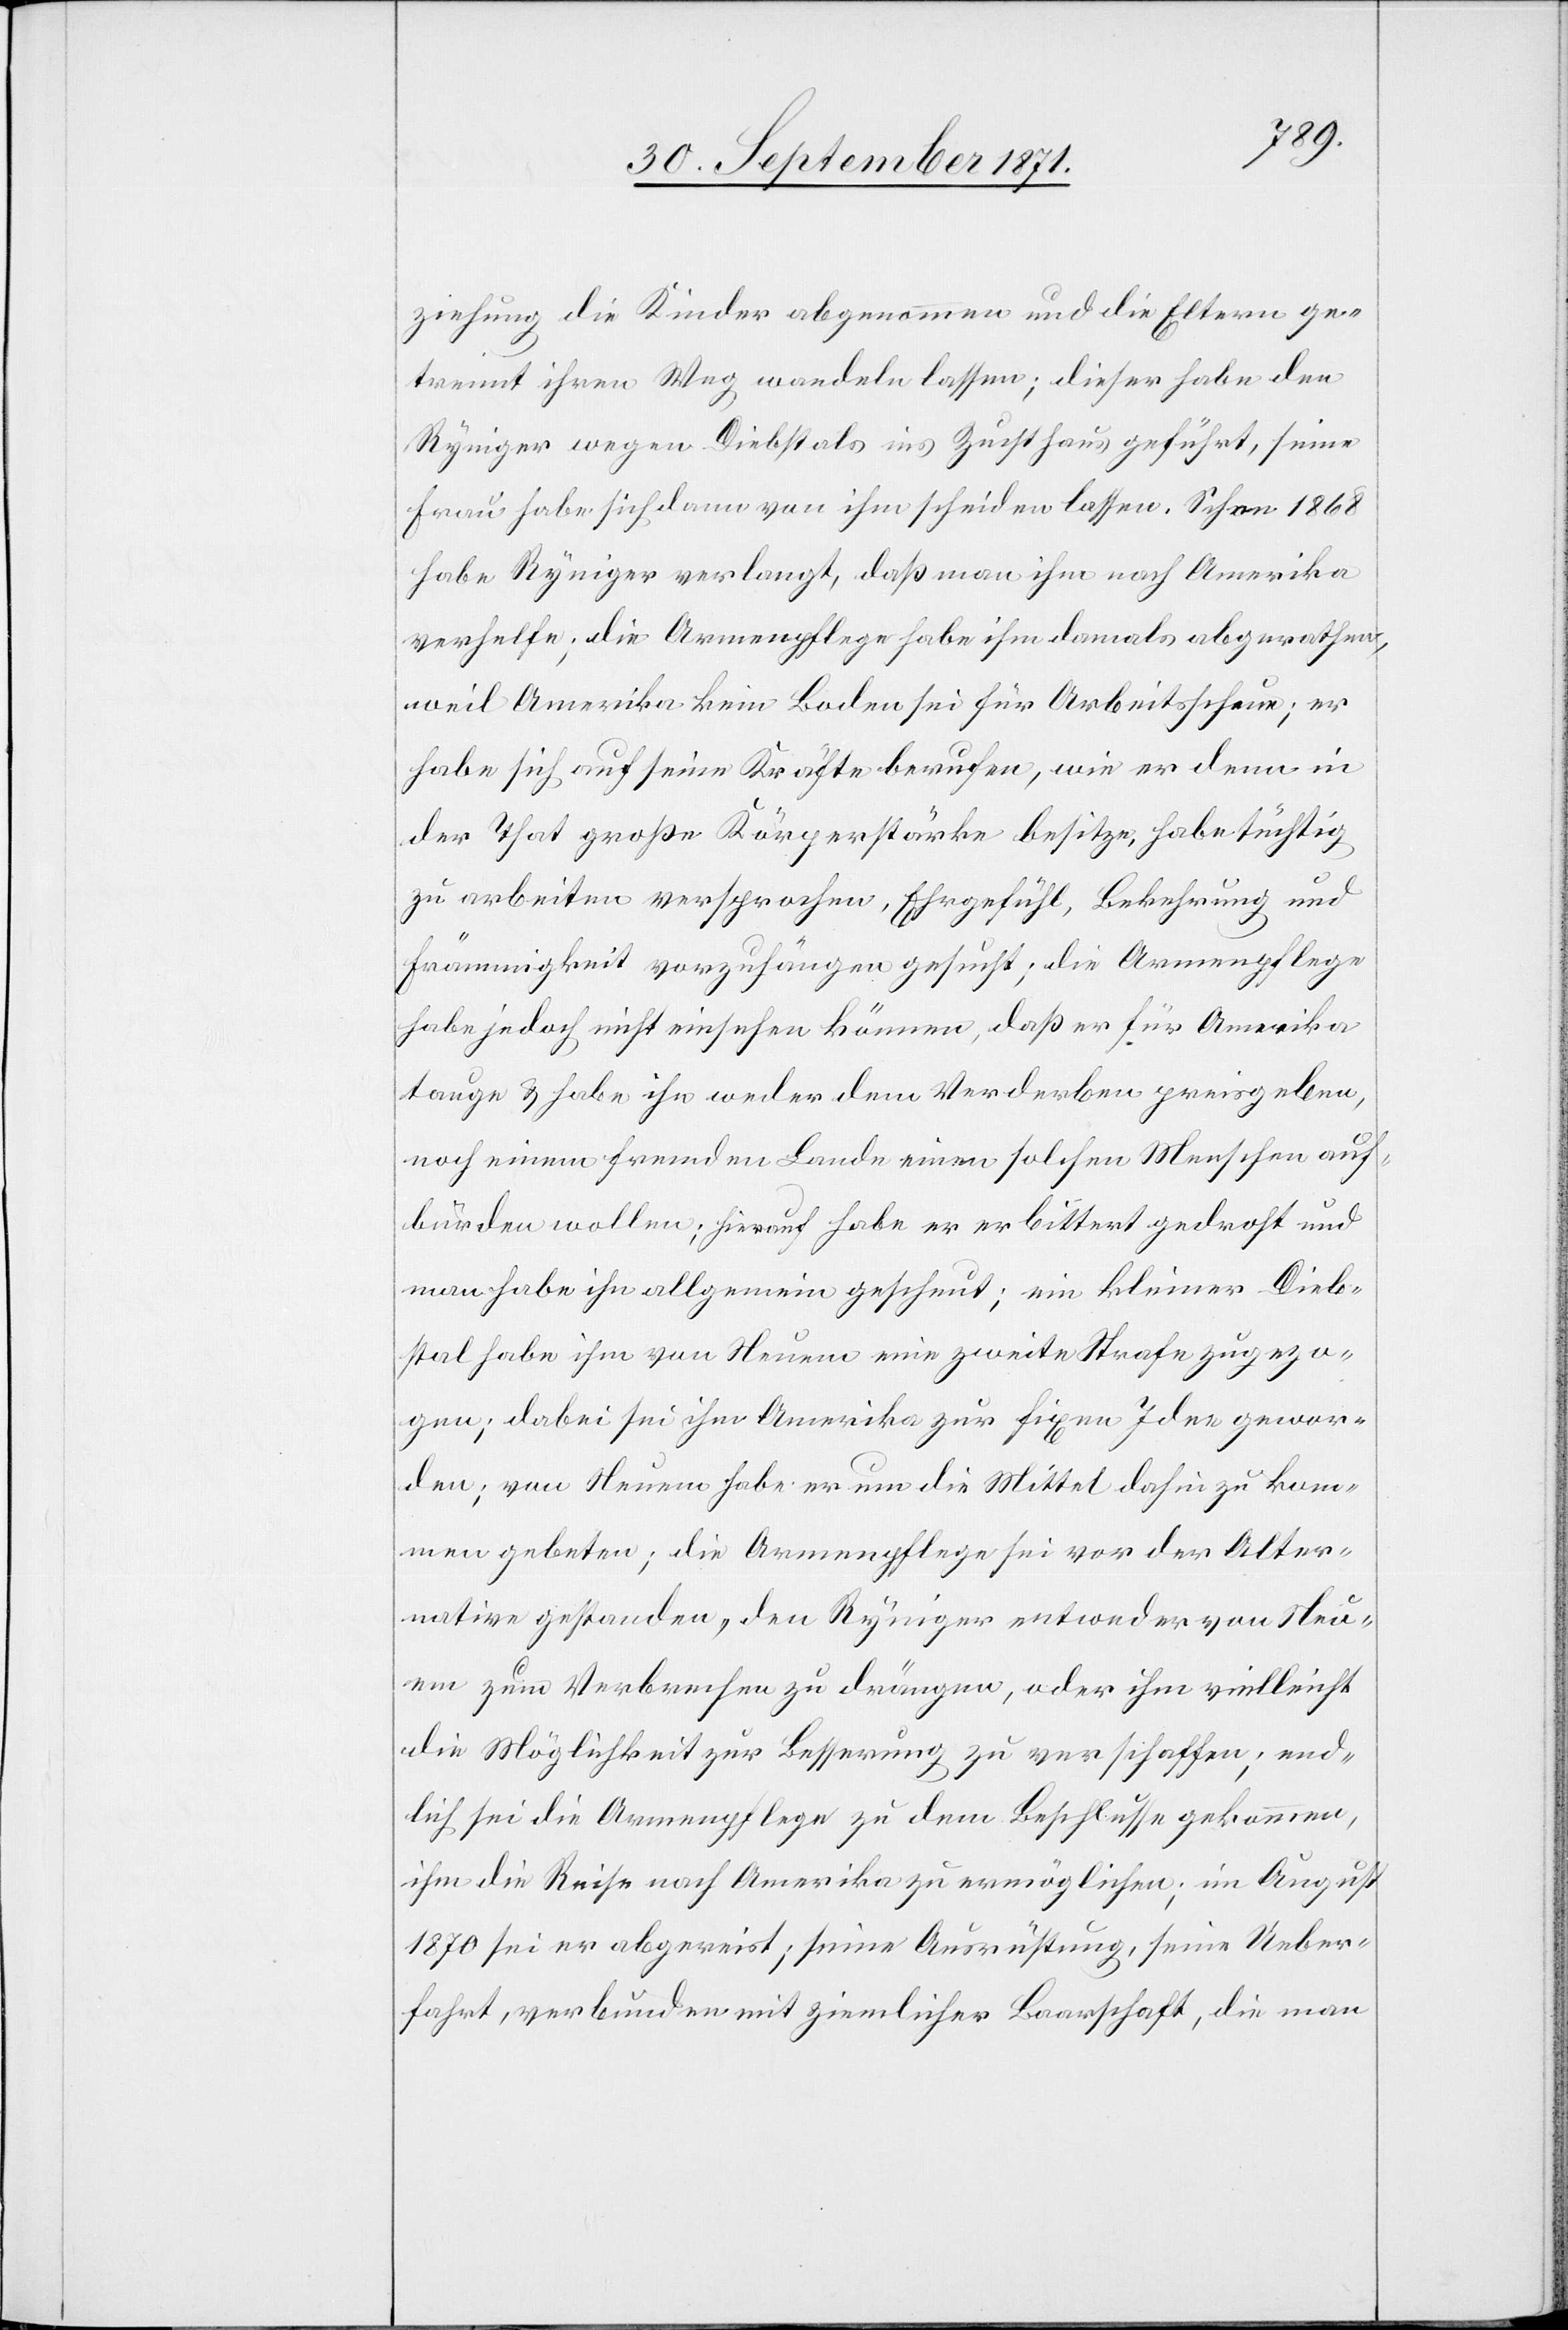
ziehung die Kinder abgenommen und die Eltern ge¬
trennt ihren Weg wandeln lassen, dieser habe den
Ryniger wegen Diebstals ins Zuchthaus geführt, seine
Frau habe sich dann von ihm scheiden lassen. Schon 1868
habe Ryniger verlangt, daß man ihm nach Amerika
verhelfe; die Armenpflege habe ihm damals abgerathen,
weil Amerika kein Boden sei für Arbeitsscheue er
habe sich auf seine Kräfte berufen, wie er denn in
der That große Körperstärke besitze, habe tüchtig
zu arbeiten versprochen, Ehrgefühl, Bekehrung und
Frömmigkeit vorzuhängen gesucht; die Armenpflege
habe jedoch nicht einsehen können, daß er für Amerika
tauge & habe ihn weder dem Verderben preisgeben,
noch einem fremden Lande einen solchen Menschen auf¬
bürden wollen; hierauf habe er erbittert gedroht und
man habe ihn allgemein gescheut; ein kleiner Dieb¬
stal habe ihm von Neuem eine zweite Strafe zugezo¬
gen; dabei sei ihm Amerika zur fixen Idee gewor¬
den; von Neuem habe er um die Mittel dahin zu kom¬
men gebeten; die Armenpflege sei vor der Alter¬
nation gestanden, den Ryniger entweder von Neu¬
em zu Verbrechen zu drängen, oder ihm vielleicht
die Möglichkeit zur Besserung zu verschaffen; end¬
lich sei die Armenpflege zu dem Beschlusse gekommen,
ihm die Reise nach Amerika zu ermöglichen; im August
1870 sei er abgereist; seine Ausrüstung, seine Ueber¬
fahrt, verbunden mit ziemlicher Baarschaft, die man